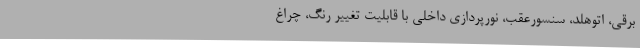
برقی، اتوهلد، سنسورعقب، نورپردازی داخلی با قابلیت تغییر رنگ، چراغ